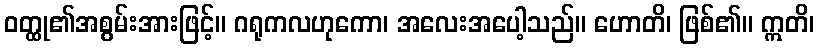
ဝတ္ထု၏အစွမ်းအားဖြင့်။ ဂရုကလဟုကော၊ အလေးအပေါ့သည်။ ဟောတိ၊ ဖြစ်၏။ ဣတိ၊